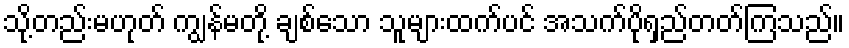
သို့တည်းမဟုတ် ကျွန်မတို့ ချစ်သော သူများထက်ပင် အသက်ပိုရှည်တတ်ကြသည်။